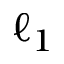
\ell _ { 1 }